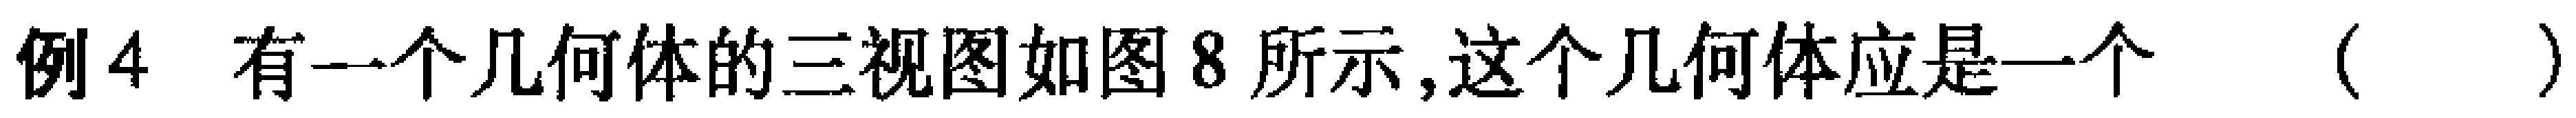
例4 有一个几何体的三视图如图8所示,这个几何体应是一个（  ）